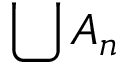
\bigcup A _ { n }